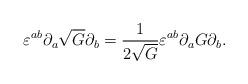
LaTeX: \begin{align*}\varepsilon ^{ab}\partial _a\sqrt{G}\partial _b=\frac{1}{2\sqrt{G}} \varepsilon ^{ab}\partial _aG\partial_b.\end{align*}